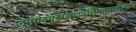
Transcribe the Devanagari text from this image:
जनपदपुररक्षणवृत्तिमनुपजीत्यपि